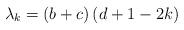
LaTeX: \begin{align*} \lambda_k = \left( {b + c} \right)\left( {d + 1} - 2k \right)\end{align*}